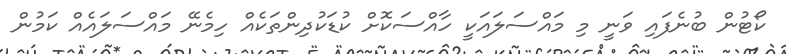
ކޯޓުން ބުނެފައި ވަނީ މި މައްސަލައަކީ ހާއްސަކޮށް ކުޑަކުދިންތަކެއް ހިމެނޭ މައްސަލައެއް ކަމުން